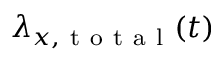
\lambda _ { x , \mathrm { ~ t ~ o ~ t ~ a ~ l ~ } } ( t )